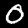
Label: 0